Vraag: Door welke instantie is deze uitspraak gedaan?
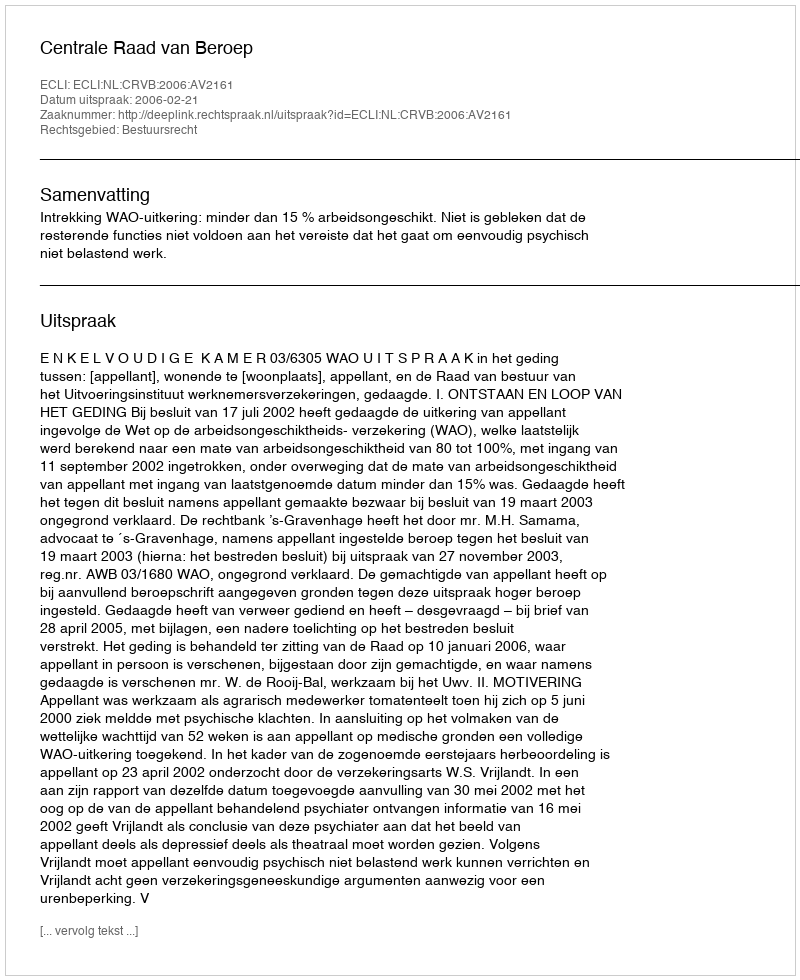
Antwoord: Centrale Raad van Beroep